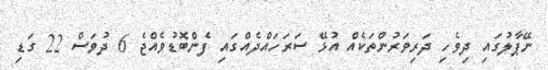
ނޭޕާލުގައި ދިވެހި ދަރިވަރުންތަކެއް އުޅޭ ސަރަހައްދެއްގައި ފެންބޮޑުވެއްޖެ 6 ދުވަސް 22 ގަޑި